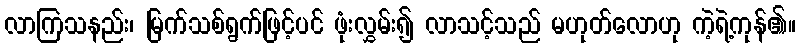
လာကြသနည်း၊ မြက်သစ်ရွက်ဖြင့်ပင် ဖုံးလွှမ်း၍ လာသင့်သည် မဟုတ်လောဟု ကဲ့ရဲ့ကုန်၏။